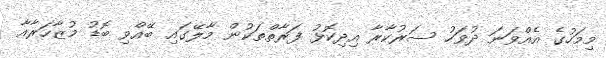
މިމަހުގެ އެއްވަނަ ދުވަހު ސަރުކާރާ އިދިކޮޅު ފަރާތްތަކުން މާލޭގައި ބޭއްވި ބޮޑު މުޒާހަރާއާ